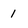
Character: 1